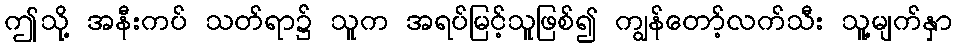
ဤသို့ အနီးကပ် သတ်ရာ၌ သူက အရပ်မြင့်သူဖြစ်၍ ကျွန်တော့်လက်သီး သူ့မျက်နှာ